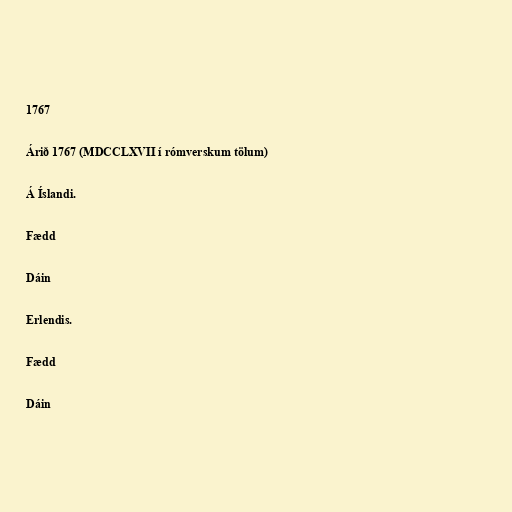
1767

Árið 1767 (MDCCLXVII í rómverskum tölum)

Á Íslandi.

Fædd

Dáin

Erlendis.

Fædd

Dáin